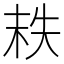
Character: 𡘮